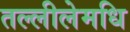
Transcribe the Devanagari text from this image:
तल्लीलेमधि